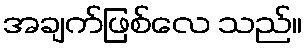
အချက်ဖြစ်လေ သည်။